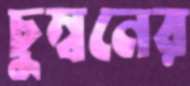
চুম্বনের